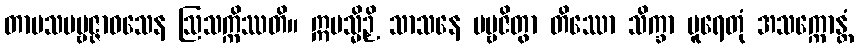
တာပသပဗ္ဗဇ္ဇာဝသေန ဩသက္ကိဿတိ။ ဣမသ္မိဉှိ သာသနေ ပဗ္ဗဇိတွာ တိဿော သိက္ခာ ပူရေတုံ အသက္ကောန္တံ